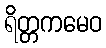
ရိတ္တကမေဝ